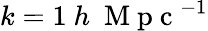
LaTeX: k=1\ h\ \mathrm{~M~p~c~}^{-1}